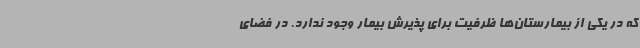
که در یکی از بیمارستان‌ها ظرفیت برای پذیرش بیمار وجود ندارد. در فضای